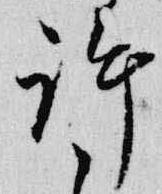
許